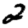
Digit: 2